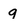
Character: q